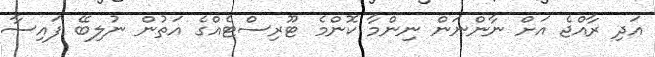
އަދި ރާއްޖެ އަށް ނާންނަން ނިންމާ ކޮންމެ ޓޫރިސްޓެއްގެ އަތުން ނުލިބޭ ފައިސާ